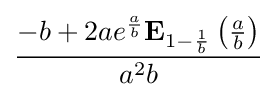
{\frac {-b+2ae^{\frac {a}{b}}\mathbf {E} _{1-{\frac {1}{b}}}\left({\frac {a}{b}}\right)}{a^{2}b}}